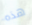
هذه